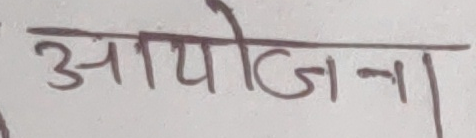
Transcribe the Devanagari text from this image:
आयोजना